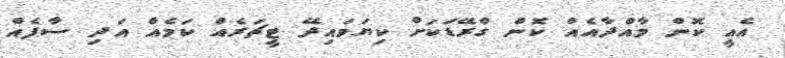
އެއީ ކޮން މާއްދާއެއް ކޮން ގްރޭޑަކަށް ކިޔަވައިދޭ ޓީޗަރެއް ކަމެއް އަދި ސާފެއް